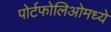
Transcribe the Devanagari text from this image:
पोर्टफोलिओमध्ये